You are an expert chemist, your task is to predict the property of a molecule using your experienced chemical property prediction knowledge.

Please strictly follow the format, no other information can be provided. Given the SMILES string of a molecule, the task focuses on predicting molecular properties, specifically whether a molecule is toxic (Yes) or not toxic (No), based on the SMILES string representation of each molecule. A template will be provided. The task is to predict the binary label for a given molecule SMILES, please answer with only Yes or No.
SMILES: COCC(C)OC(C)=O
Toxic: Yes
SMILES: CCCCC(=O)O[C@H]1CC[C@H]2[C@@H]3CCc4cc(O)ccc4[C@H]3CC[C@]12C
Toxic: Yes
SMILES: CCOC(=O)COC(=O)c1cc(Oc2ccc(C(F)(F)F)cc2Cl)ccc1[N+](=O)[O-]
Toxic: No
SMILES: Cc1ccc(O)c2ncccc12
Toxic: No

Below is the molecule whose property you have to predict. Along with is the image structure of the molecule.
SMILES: O=c1[nH]c(=O)n([C@H]2C[C@H](O)[C@@H](CO)O2)cc1C(F)(F)F
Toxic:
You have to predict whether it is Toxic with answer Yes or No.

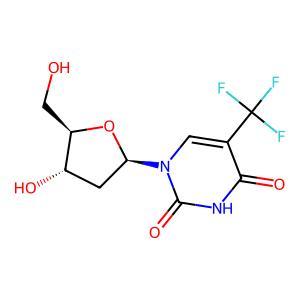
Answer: No